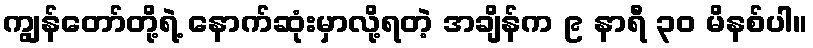
ကျွန်တော်တို့ရဲ့ နောက်ဆုံးမှာလို့ရတဲ့ အချိန်က ၉ နာရီ ၃၀ မိနစ်ပါ။